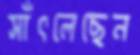
সাঁৎলেছেন